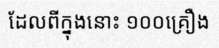
ដែលពីក្នុងនោះ ១០០គ្រឿង